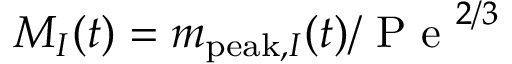
M _ { I } ( t ) = m _ { \mathrm { p e a k } , I } ( t ) / \mathrm { ~ P ~ e ~ } ^ { 2 / 3 }